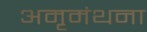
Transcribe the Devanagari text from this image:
अमृमंथना